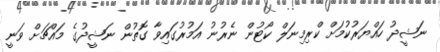
ނަޝީދު ހައްޔަރުކުމަށް ކްރިމިނަލް ކޯޓުން ނެރުނު އަމުރުގައިވާ ގޮތުން ނަޝީދުގެ މައްޗަށް ވަނީ